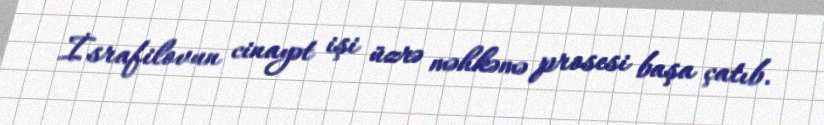
İsrafilovun cinayət işi üzrə məhkəmə prosesi başa çatıb.